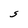
Character: S